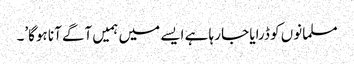
مسلمانوں کو ڈرایا جا رہا ہے ایسے میں ہمیں آگے آنا ہوگا’۔